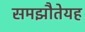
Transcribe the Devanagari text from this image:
समझौतेयह